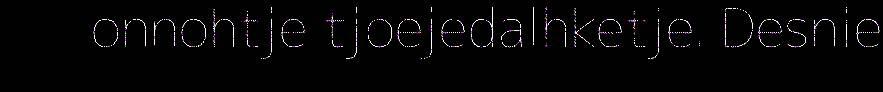
onnohtje tjoejedalhketje. Desnie